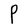
Character: P